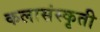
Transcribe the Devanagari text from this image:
कलासंस्कृती